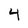
Character: 4